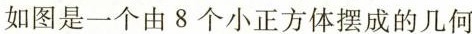
如图是一个由8个小正方体摆成的几何